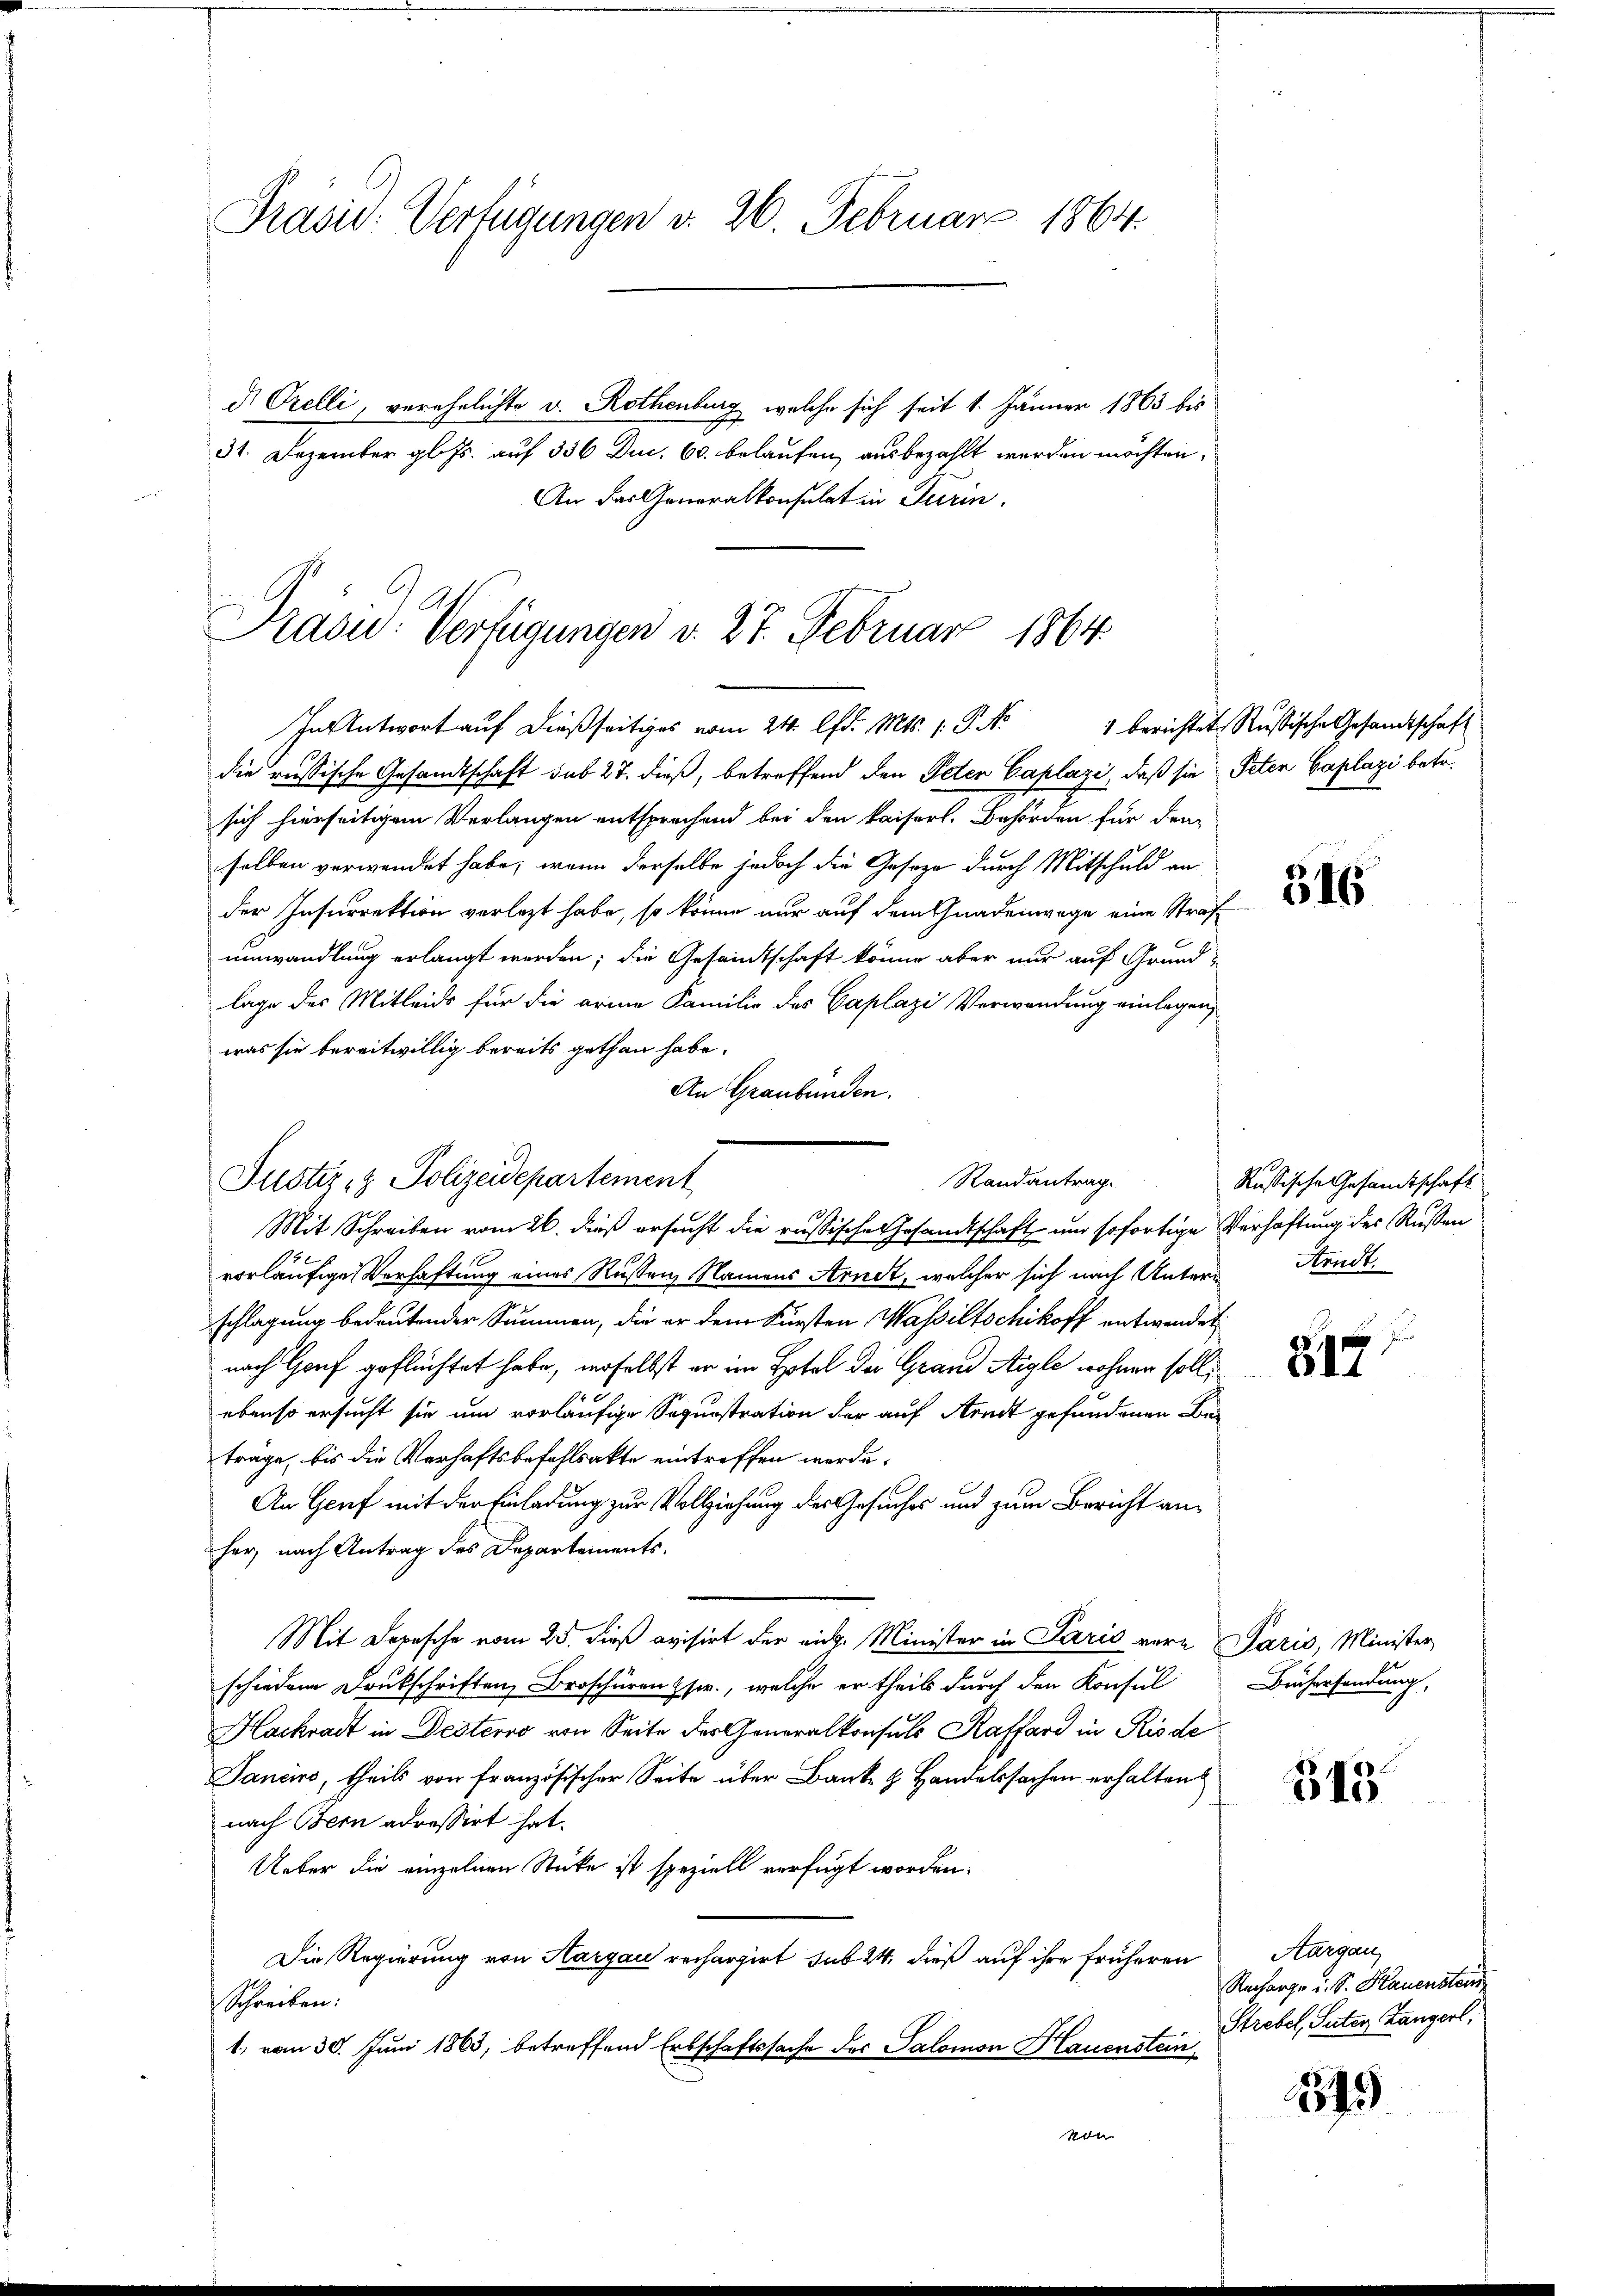
Prasie: Verfügungen v. 26. Februar 1864.

d. Orelli, verehelichte v. Rothenburg, welche sich seit 1. Jänner 1863 bis
31. Dezember gl. Js. auf 336 Duc. 60. belaufen, ausbezahlt werden möchten,
An der Generalkonsulat in Turin.

Präsid.. Verfügungen d. 27. Februar 1864.
Antwort auf dießseitiges vom 24. d. Mts. 1. P. Nr. 1 berichtet Rußische Gesandtschaft

die russische Gesandtschaft sub 27. dieß, betreffend den Peter Caplazi, daß sie Peten Caplazi betr.
sich hierseitigem Verlangen entsprechend bei den kaiserl. Behörden für den
selben verwendet habe, wenn derselbe jedoch die Gesetze durch Mitschuld an
der Insurrektion verlegt habe, so könne nur auf dem Gnadenwege eine Strafumwandlung erlangt werden; die Gesandtschaft könne aber nur auf Grund-
lage des Mitleids für die arme Familie des Caplazi Verwendung einlegen,
was sie bereitwillig bereits gethan habe.
An Graubünden.
Mit Schreiben vom 26. dieß ersucht die russische Gesandtschaft und sofortige Verhaftung der Russen
vorläufige Verhaftung eines Rußen, Namens Arndt, welcher sich nach Untern
schlagung bedeutender Summen, die er dem Fürsten Wasseltschikoff entwendet
nach Genf geflüchtet habe, woselbst er im Hotel der Grand Aigle wohnen soll
ebenso ersucht sie um vorläufige Sogunstration der auf Arndt gefandenen Be-
trage, bis die Verhaftsbefehlsakte eintreffen werde.
An Genf mit der Einladung zur Vollziehung des Gesuches und zum Bericht anher, nach Antrag des Departements¬
Mit Depesche vom 25. dieß evisirt der eidg. Minister in Paris vere Paris, Minister
schiedene Drukschriften Broschürenzsw., welche er theils durch den Konsul Büchersendung,
Hackradt in Desterro von Seite der Generalkonsuls Raffard in Risde
Janciro, theils von französischer Seite über Banke z. Handelssachen erhalten
nach Bern adressirt hat.
Ueber die einzelnen Stücke ist speziell verfügt worden.
Die Regierung von Aargau rechargirt sub. 24, dieß auf ihre früheren
Schreiben:
1, vom 30. Juni 1863, betreffend Erbschaftssache des Salomon Hauenstein
von

Randantrag.
Justiz- & Polizeidepartement

316

Russische Gesandtschaft
Arndt.

s
317

315

Aargau,
Recharge u. S. Hauenstein
Strebel, Suter Langerl.

34